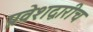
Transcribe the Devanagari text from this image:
प्रवेशद्वारीच